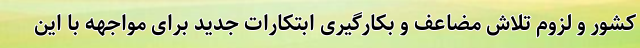
کشور و لزوم تلاش مضاعف و بکارگیری ابتکارات جدید برای مواجهه با این